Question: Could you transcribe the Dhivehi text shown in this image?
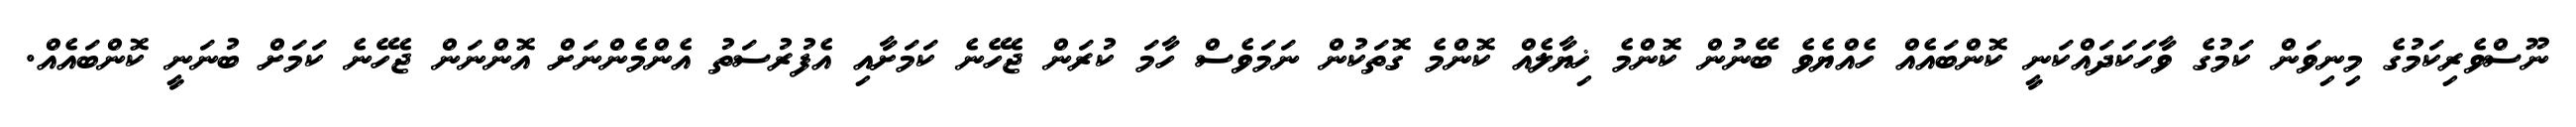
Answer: ނޫސްވެރިކަމުގެ މިނިވަން ކަމުގެ ވާހަކަދައްކަނީ ކޮންބައެއް ހެއްޔެވެ ބޭނުން ކޮންމެ ޚިޔާލެއް ކޮންމެ ގޮތަކުން ނަމަވެސް ހާމަ ކުރަން ޖެހޭނެ ކަމަށާއި އެފުރުސަތު އެންމެންނަށް އޮންނަން ޖެހޭނެ ކަމަށް ބުނަނީ ކޮންބައެއް.